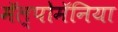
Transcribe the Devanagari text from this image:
मॅल्पोमॅनिया